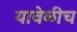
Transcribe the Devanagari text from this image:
यावेळीच